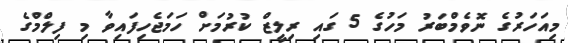
މިއަހަރުގެ ނޮވެމްބަރު މަހުގެ 5 ގައި ރިލީޒް ކުރުމަށް ހަމަޖެހިފައިވާ މި ފިލްމްގެ